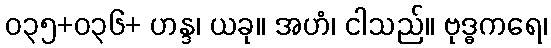
၀၃၅+၀၃၆+ ဟန္ဒ၊ ယခု။ အဟံ၊ ငါသည်။ ဗုဒ္ဓကရေ၊